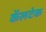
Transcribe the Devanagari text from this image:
कॅलटेक